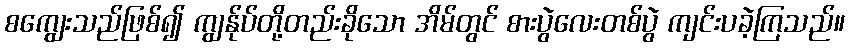
စကျွေးသည်ဖြစ်၍ ကျွန်ုပ်တို့တည်းခိုသော အိမ်တွင် စားပွဲလေးတစ်ပွဲ ကျင်းပခဲ့ကြသည်။